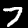
Digit: 7